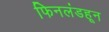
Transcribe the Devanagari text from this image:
फिनलंडहून